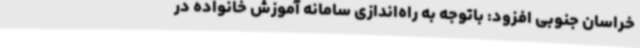
خراسان جنوبی افزود: باتوجه به راه‌اندازی سامانه آموزش خانواده در